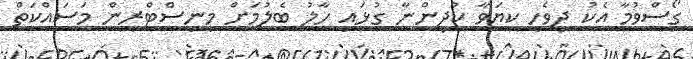
ގޯސްވުމާ އެކު ދިވެހި ކިޔަވާ ކުދިންނާ ގުޅައި ހާލު ބެލުމަށް މިނިސްޓްރީން މަސައްކަތް